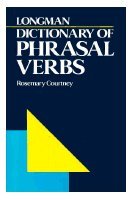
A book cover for Longman Dictionary of Phrasal Verbs; Rosemary Courtney; Reference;